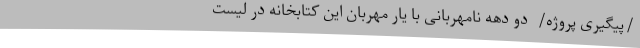
/پیگیری پروژه/  دو دهه‌ نامهربانی با یار مهربان این کتابخانه در لیست